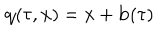
{ \bf q } ( \tau , { \bf x } ) = { \bf x } + { \bf b } ( \tau )